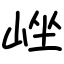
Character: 㟇